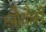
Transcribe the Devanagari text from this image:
६नौचौकी